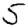
Digit: 5